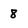
Character: 8